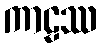
ကာဠဿ